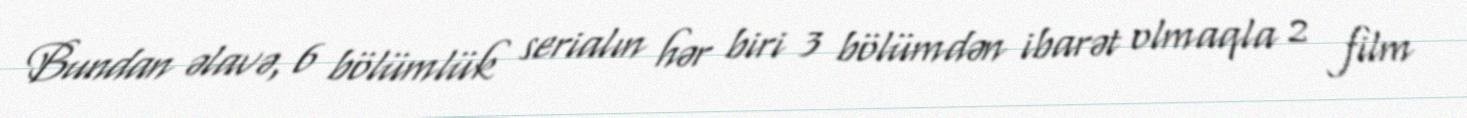
Bundan əlavə, 6 bölümlük serialın hər biri 3 bölümdən ibarət olmaqla 2 film